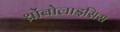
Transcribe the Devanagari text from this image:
थ्रोंबोलाइसिस